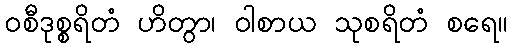
ဝစီဒုစ္စရိတံ ဟိတွာ၊ ဝါစာယ သုစရိတံ စရေ။